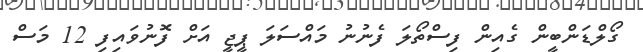
ގޯލްޑަންބީން ގެއިން ފިސްތޯލަ ފެނުނު މައްސަލަ ޕީޖީ އަށް ފޮނުވައިފި 12 މަސް